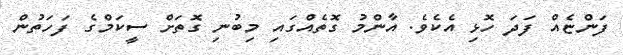
ފަންޏެއް ފަދަ ހޮޅި އެކެވެ. އާންމު ގޮތެއްގައި މިބުނި ގޮތަށް ސީކަމްގެ ފަހަތުން